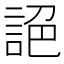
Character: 𧧘